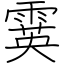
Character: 霙